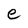
Character: e